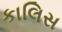
કાલિસ